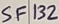
Text: SF132